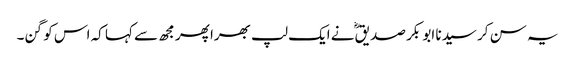
یہ سن کر سیدنا ابو بکر صدیقؓ نے ایک لپ بھرا پھر مجھ سے کہا کہ اس کو گن۔